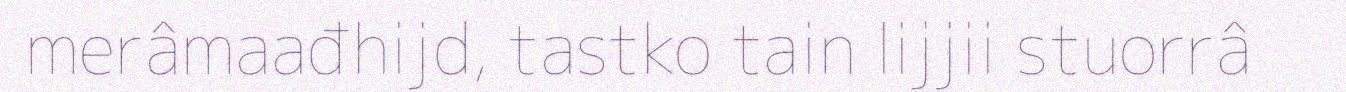
merâmaađhijd, tastko tain lijjii stuorrâ